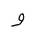
Letter: _waw